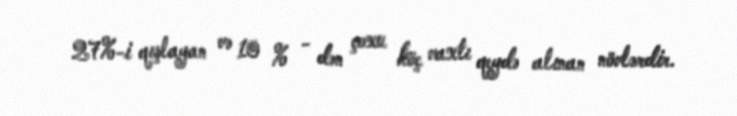
27%-i qışlayan və 10 % - dən çoxu köç vaxtı qeydə alınan növlərdir.